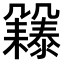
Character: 𠙲